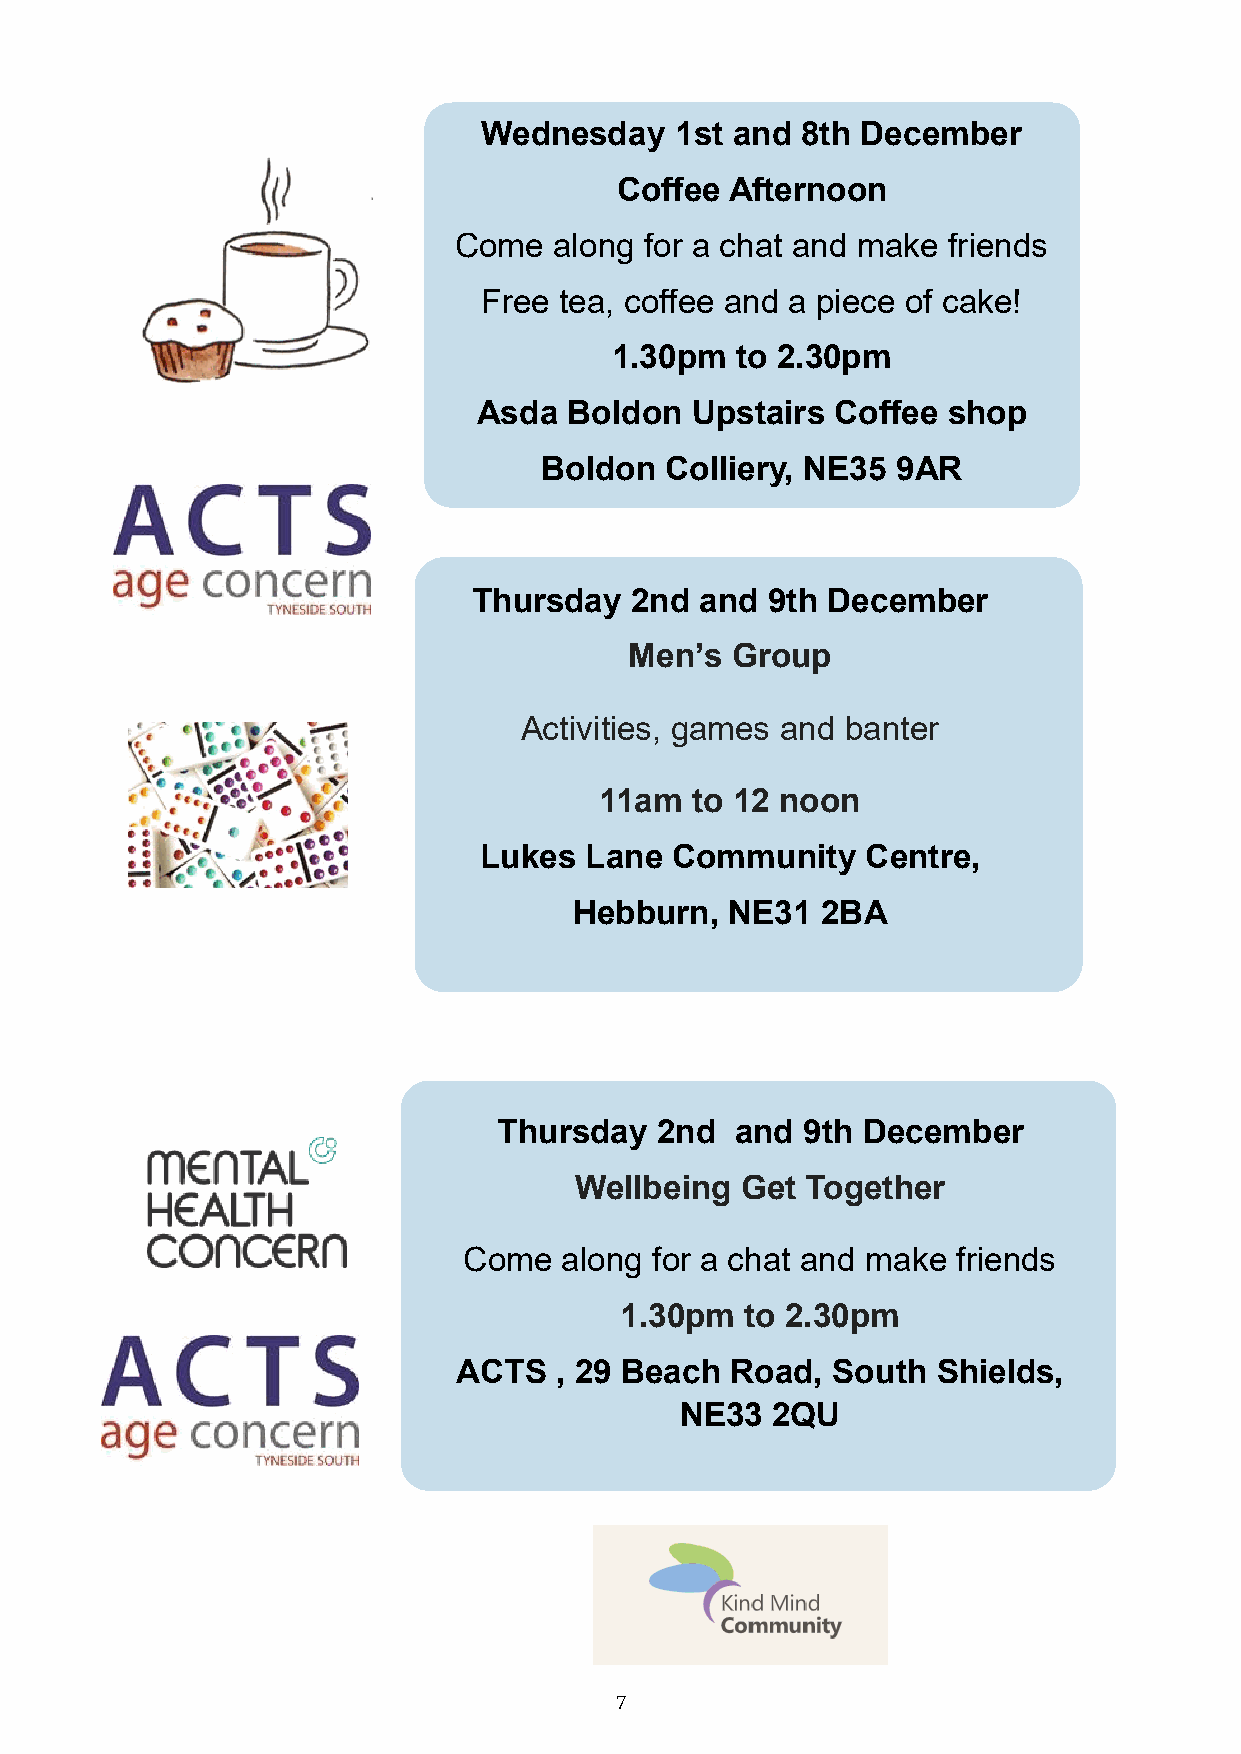
Wednesday    1st and 8th December
 Coffee Afternoon
 Come   along for a chat and make friends
 Free tea, coffee and a piece of cake!
 1.30pm   to 2.30pm
 Asda  Boldon  Upstairs Coffee  shop
 Boldon  Colliery, NE35 9AR
 Thursday   2nd and  9th December
 Men’s Group
 Activities, games and banter
 11am  to 12 noon
 Lukes  Lane Community    Centre,
 Hebburn,  NE31  2BA
 Thursday  2nd   and 9th December
 Wellbeing  Get Together
 Come  along for a chat and make friends
 1.30pm  to 2.30pm
 ACTS   , 29 Beach Road,  South  Shields,
 NE33  2QU
 7